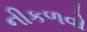
નીકળવો